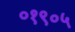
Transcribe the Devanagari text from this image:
०१९०५